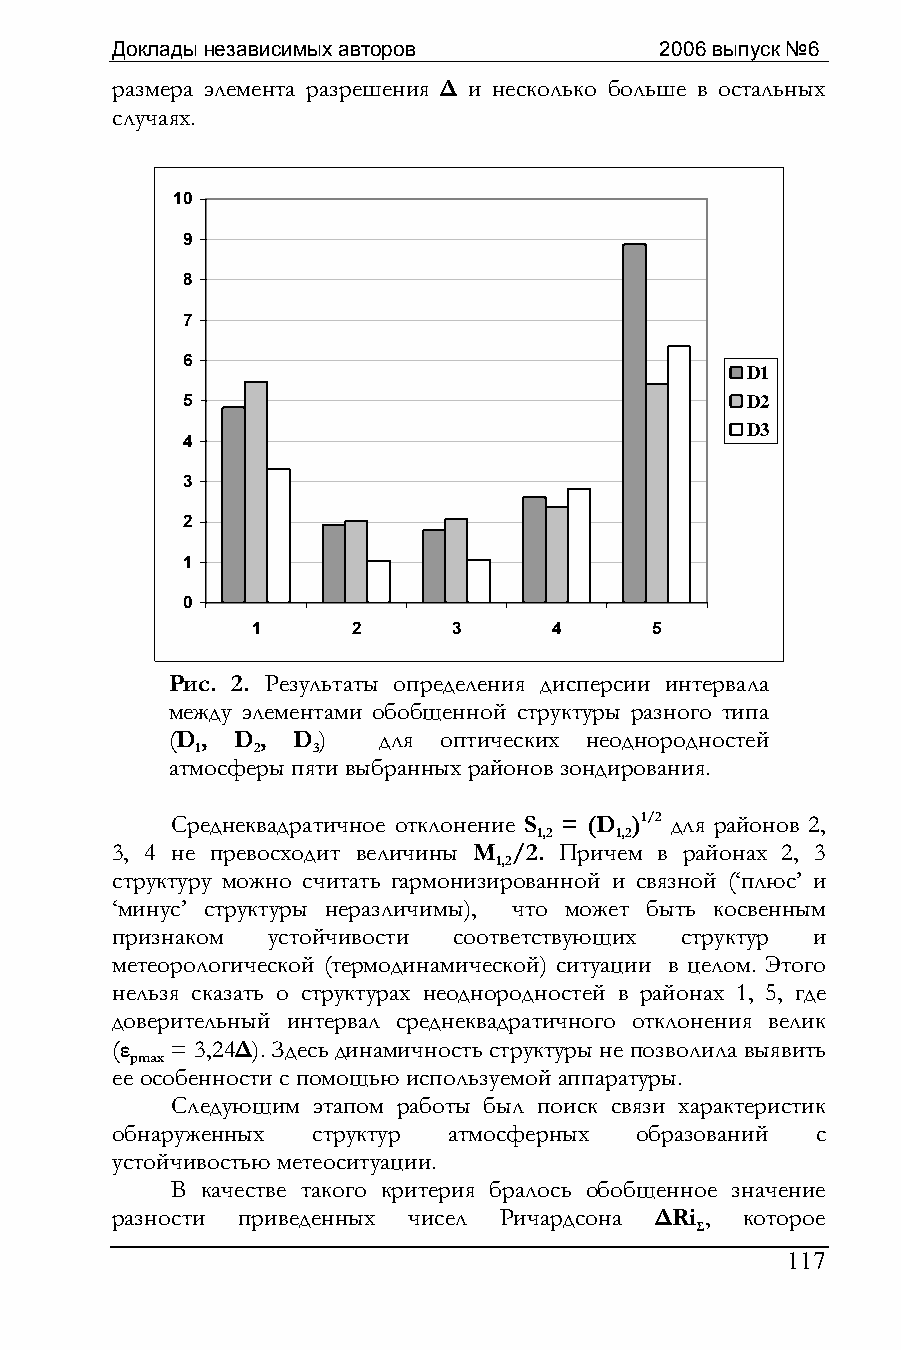
Доклады независимых авторов          2006 выпуск №6
 размера элемента разрешения ∆ и несколько больше в остальных
 случаях.
 10
 9
 8
 7
 6
 D1
 5                                    D2
 D3
 4
 3
 2
 1
 0
 1     2      3      4     5
 Рис. 2. Результаты определения дисперсии интервала
 между элементами обобщенной структуры разного типа
 (D, D , D )   для оптических неоднородностей
 1   2   3
 атмосферы пяти выбранных районов зондирования.
 Среднеквадратичное отклонение S = (D )1/2 для районов 2,
 1,2  1,2
 3, 4 не превосходит величины M /2. Причем в районах 2, 3
 1,2
 структуру можно считать гармонизированной и связной (‘плюс’ и
 ‘минус’ структуры неразличимы), что может быть косвенным
 признаком  устойчивости соответствующих структур и
 метеорологической (термодинамической) ситуации в целом. Этого
 нельзя сказать о структурах неоднородностей в районах 1, 5, где
 доверительный интервал среднеквадратичного отклонения велик
 (ε  = 3,24∆). Здесь динамичность структуры не позволила выявить
 pmax
 ее особенности с помощью используемой аппаратуры.
 Следующим этапом работы был поиск связи характеристик
 обнаруженных  структур атмосферных образований с
 устойчивостью метеоситуации.
 В качестве такого критерия бралось обобщенное значение
 разности приведенных чисел Ричардсона ∆Ri , которое
 Σ
 117